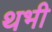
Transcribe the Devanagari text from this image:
थभी